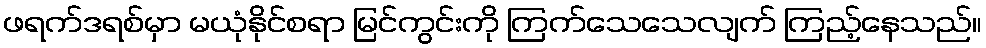
ဖရက်ဒရစ်မှာ မယုံနိုင်စရာ မြင်ကွင်းကို ကြက်သေသေလျက် ကြည့်နေသည်။